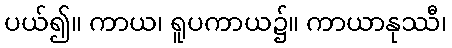
ပယ်၍။ ကာယ၊ ရူပကာယ၌။ ကာယာနုဿီ၊